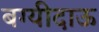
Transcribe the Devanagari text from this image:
बग्यीदाऊ